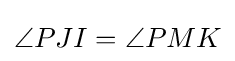
\angle PJI=\angle PMK